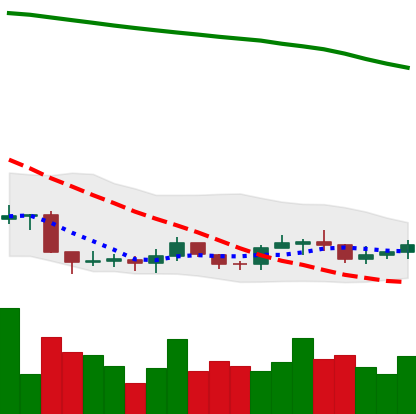
Ticker: ADA-USD
Chart end date: 2019-09-14
Forward return: 12.854%
Label: up_7plus